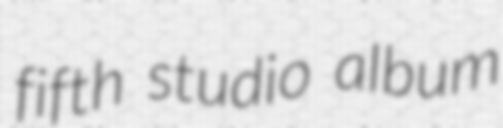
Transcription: fifth studio album